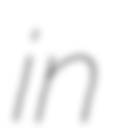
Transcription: in